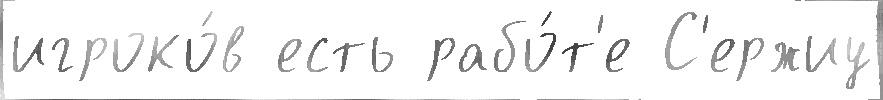
игроко́в есть рабо́т'е С'ержиу